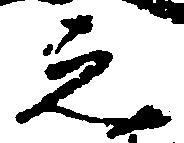
之